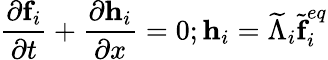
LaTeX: \frac{\partial\textbf{f}_{i}}{\partial t}+\frac{\partial\textbf{h}_{i}}{\partial x}=0;\textbf{h}_{i}=\widetilde{\Lambda}_{i}\widetilde{\textbf{f}}_{i}^{eq}